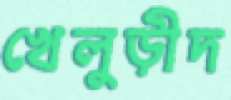
খেলুড়ীদ